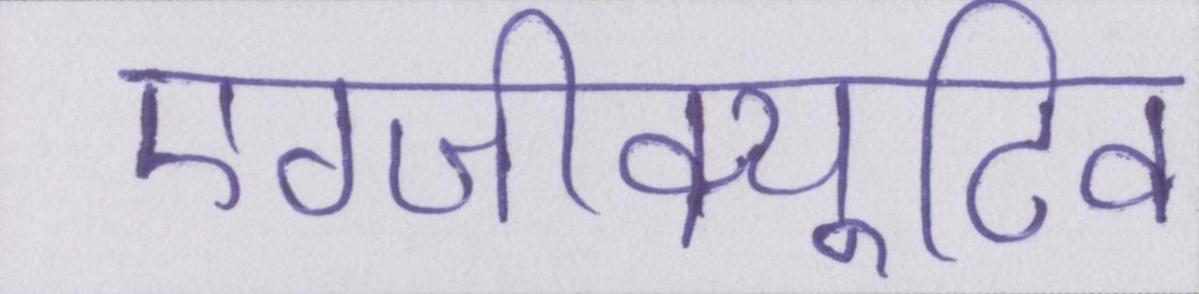
एग्जीक्यूटिव